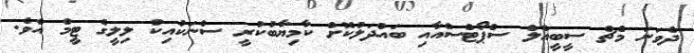
ދެވަނަ މެޗް ސީބީއެލް ސްޕޯޓްސްއާއި ބައްދަލުކޮށް ކާމިޔާބުކުރީ ސްނަކުއިކް ލިލީގެ ޓީމް އެވެ.